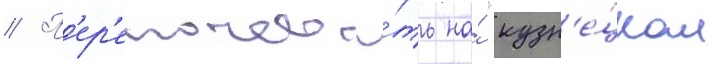
// П'ер'еночева́ть на́ "кузн'е́цком